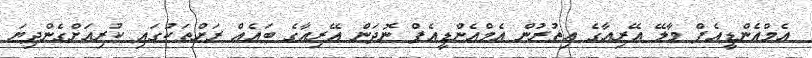
އެމްއެންޑީއެފް މާލޭ އޭރިއާގެ އިތުރުން އެމްއެންޑީއެފް ނޮދަން އޭރިއާގެ ބައެއް ރަށްތަކުގައި ކުރިއަށްގެންދިޔަ